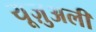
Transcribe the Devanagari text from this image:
यूज़ुअली